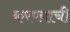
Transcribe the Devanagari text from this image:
करण्य़ाची